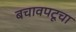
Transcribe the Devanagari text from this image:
बचावपटूचा